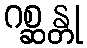
ဂစ္ဆန္တု